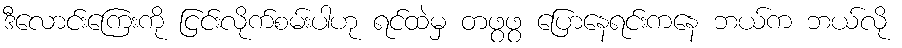
ဒီလောင်းကြေးကို ငြင်းလိုက်စမ်းပါဟု ရင်ထဲမှ တဖွဖွ ပြောနေရင်းကနေ ဘယ်က ဘယ်လို